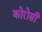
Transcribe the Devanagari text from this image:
कोरोसी